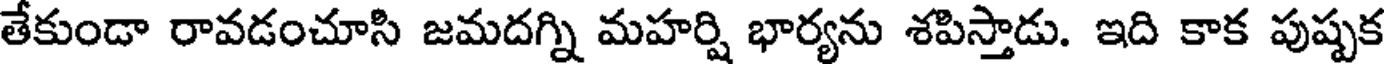
తేకుండా రావడంచూసి జమదగ్ని మహర్షి భార్యను శపిస్తాడు. ఇది కాక పుష్పక